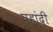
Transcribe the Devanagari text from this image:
पहांदी